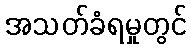
အသတ်ခံရမှုတွင်